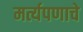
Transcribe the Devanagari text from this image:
मर्त्यपणाचे